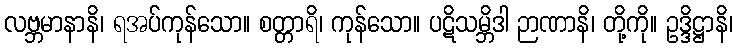
လဗ္ဘမာနာနိ၊ ရအပ်ကုန်သော။ စတ္တာရိ၊ ကုန်သော။ ပဋိသမ္ဘိဒါ ဉာဏာနိ၊ တို့ကို။ ဥဒ္ဒိဋ္ဌာနိ၊